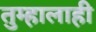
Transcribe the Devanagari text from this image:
तुम्हालाही